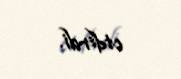
etdirdi.